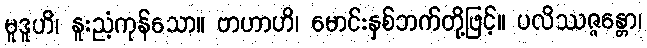
မူဒူဟိ၊ နူးညံ့ကုန်သော။ ဗာဟာဟိ၊ မောင်းနှစ်ဘက်တို့ဖြင့်။ ပလိဿဇ္ဇန္တော၊